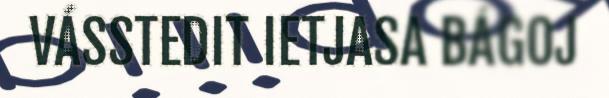
VÁSSTEDIT IETJASA BÁGOJ